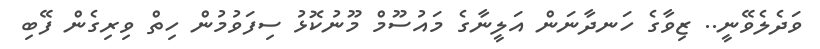
ވަދެލެވޭނީ.. ޒިވާގެ ހަނދާނަން އަލީނާގެ މައުސޫމް މޫނުކޮޅު ސިފަވުމުން ހިތް ވިރިގެން ފޭބި